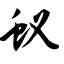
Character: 蚁